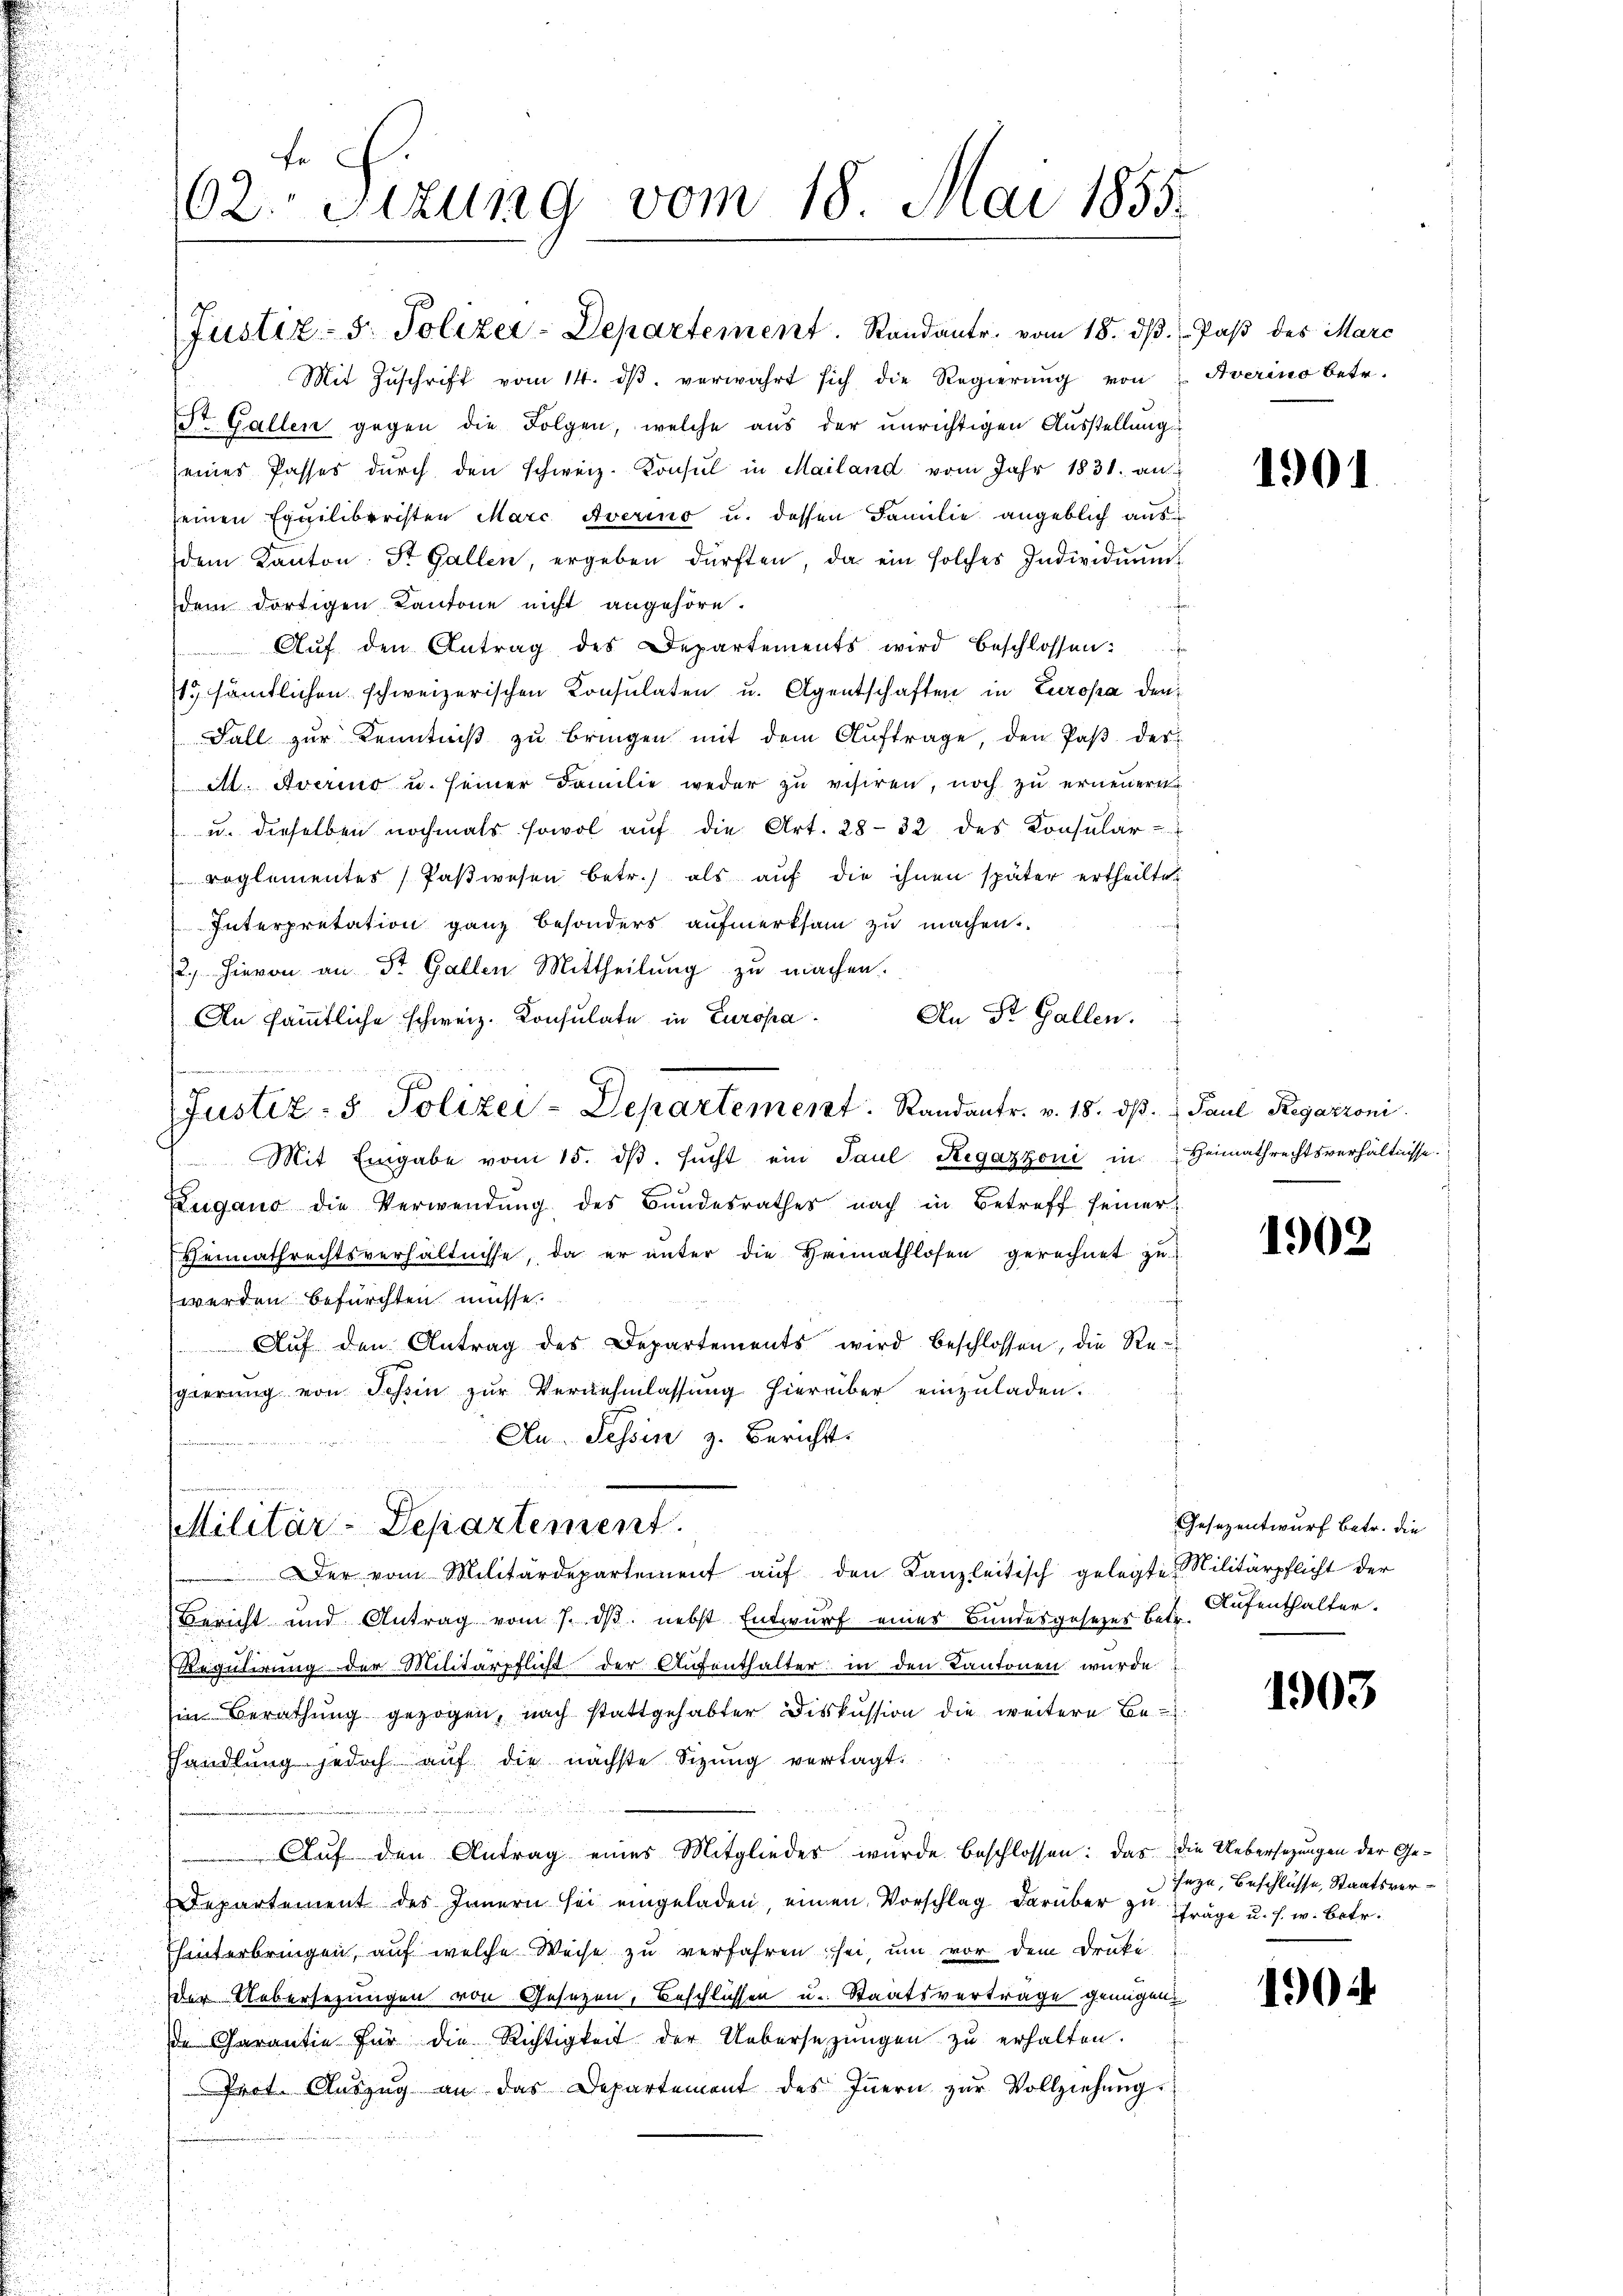
62. Sizung vom 18. Mai 1855.

Justiz- & Polizer-Departement. Randantr. vom 18. dβ.  Paß des Marc
Mit Zŭschrift vom 14. dβ verwahrt sich die Regierŭng von Averino betr.
St. Gallen gegen die Folgen, welche aus der unrichtigen Ausstellung
seines Passes dŭrch den schweiz. Konsul in Mailand vom Jahr 1831. an
seinen Equiliberisten Marc Averino u. dessen Familie angeblich aus
dem Kanton St. Gallen, ergeben dürften, da ein solches Individuum
dem dortigen Kantone nicht angehöre.
Aŭf den Antrag des Departements wird beschlossen:
15 sämtlichen schweizerischen Konsulaten u. Agentschaften in Europa den
Fall zur Kenntniß zu bringen mit dem Auftrage, den Paß des
A. Averino u. seiner Familie weder zu visiren, noch zu erneuern
u. dieselben nochmals sowol aŭf die Art. 28-32 des Konsular-
reglementes (Paswesen betr.) als aŭf die ihnen später ertheilten
Interpretation ganz besonders aufmerksam zu machen.
2. Hievon an St. Gallen Mittheilung zu machen.
d
An St. Gallen.
An sämmtliche schweiz. Konsulate in Europa
Mit Eingabe vom 15. dβ. sŭcht ein Paul Regazzoni in Heimathrechtsverhältnisse.
Zugano die Verwendŭng des Bundesrathes nach in Betreff seiner
Heimathrechtsverhältnisse, da er unter die Heimathlosen gerechnet zu
werden befürchten müsse.
Aŭf den Antrag des Departements wird beschlossen, die Re-
gierŭng von Schein zŭr Vernehmlassŭng hierüber einzŭladen.
Au. Tessin z. Bericht
Militär-Departement.
 Der vom Militärdepartement auf den Kanzleitisch gelegte Militärpflicht der
Bericht und Antrag vom 7. dβ. nebst Entwurf eines Bundesgesezer betr. Aufenthalter.
Regulirung der Militärpflicht der Aufenthalter in den Kantonen wurde
Ein Berathung gezogen, nach stattgehabter Diskussion die weitere Be-
hhandlung jedoch auf die nächste Sizŭng vertagt.
Auf den Antrag eines Mitgliedes wurde beschlossen: das die Uebersezungen der Ge¬
Departement des Innern sei eingeladen, einen Vorschlag darüber zu
hinterbringen, auf welche Weise zu verfahren sei, um vor dem Druke
der Uebersezungen von Gesezen, Beschlüssen u. Staatsverträge genügen.
de Garantie für die Richtigkeit der Uebersetzŭngen zŭ erhalten.
Prot. Aŭszŭg an das Departement des Innern zŭr Vollziehung.

s

Justiz- & Polizei-Departement. Randantr. v. 18. dβ.  Paul Regazzoni

1901

1902

Gesezentwurf betr. die

1903

seze, Beschlüsse, Staatsverfräge u. s. w. betr.

1904